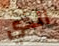
الذي